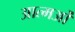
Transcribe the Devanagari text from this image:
आत्मओं